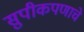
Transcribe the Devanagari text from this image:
सुपीकपणाचे